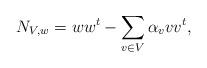
LaTeX: \begin{align*} N_{V, w} = w w^t - \sum_{v \in V}\alpha_{v} v v^t,\end{align*}